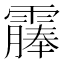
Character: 𫕰